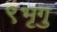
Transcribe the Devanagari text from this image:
९भृगु